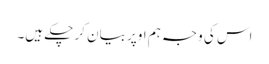
اس کی وجہ ہم اوپر بیان کر چکے ہیں۔